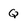
Character: Q